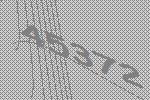
45372